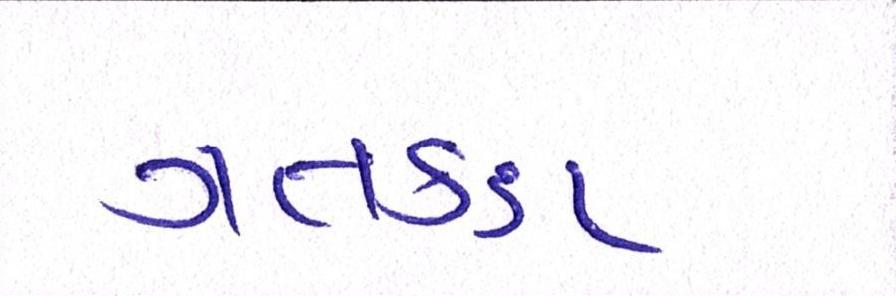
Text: ગતકડા